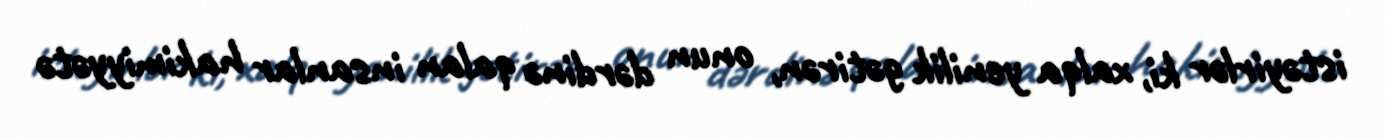
istəyirlər ki, xalqa yenilik gətirən, onun dərdinə qalan insanlar hakimiyyətə